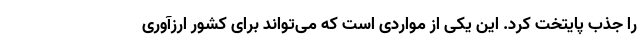
را جذب پایتخت کرد. این یکی از مواردی است که می‌تواند برای کشور ارزآوری